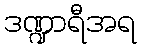
ဒဏ္ဍာရီအရ